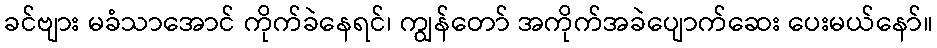
ခင်ဗျား မခံသာအောင် ကိုက်ခဲနေရင်၊ ကျွန်တော် အကိုက်အခဲပျောက်ဆေး ပေးမယ်နော်။